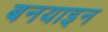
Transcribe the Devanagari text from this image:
बनयाइन